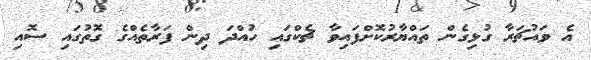
އެ ވައުޗަރާ ގުޅިގެން ތައްޔާރުކޮށްފައިވާ ޗެކްގައި ހުއްދަ ދިން ފަރާތެއްގެ ގޮތުގައި ސޮއި